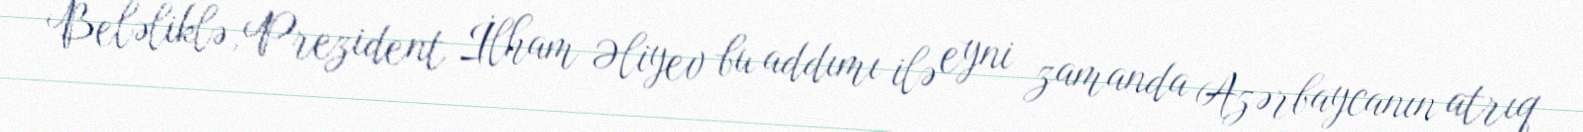
Beləliklə, Prezident İlham Əliyev bu addımı ilə eyni zamanda Azərbaycanın atrıq